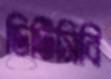
ডিটিসিবি